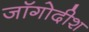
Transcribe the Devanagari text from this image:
जॉगोदीश